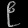
Digit: ၉